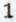
1